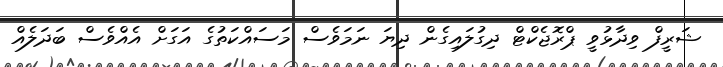
ޝަރީފް ވިދާޅުވީ ޕްރޮޖެކްޓް ދިގުލައިގެން ދިޔަ ނަމަވެސް މަސައްކަތުގެ އަގަށް އެއްވެސް ބަދަލެއް